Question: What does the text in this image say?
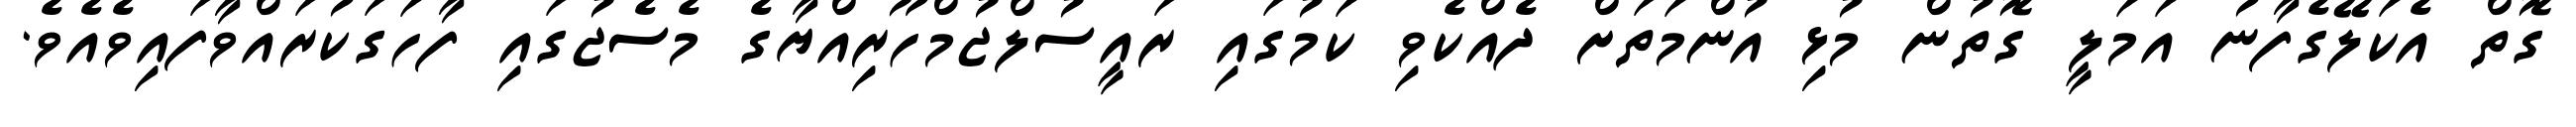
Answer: ގޮތް އެކަލޭގެފާނު އަމަލީ ގޮތުން މުޅި އުންމަތަށް ދެއްކެވި ކަމުގައި ރައީސުލްޖުމްހޫރިއްޔާގެ މެސެޖުގައި ފާހަގަކުރައްވާފައިވެއެވެ.